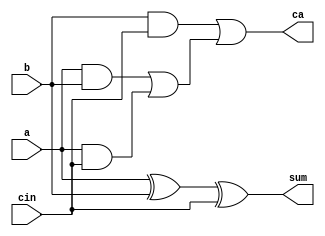
`timescale 1ns / 1ps
//////////////////////////////////////////////////////////////////////////////////
// Company: 
// Engineer: 
// 
// Design Name: 
// Module Name:    fullAdder 
// Project Name: 
// Target Devices: 
// Tool versions: 
// Description: 
//
// Dependencies: 
//
// Revision: 
// Revision 0.01 - File Created
// Additional Comments: 
//
//////////////////////////////////////////////////////////////////////////////////
module fullAdder(
    input a, 
	 input b, 
	 input cin, 
	 output sum, 
	 output ca
	 );

    wire w1, w2, w3, w4, w5;

    xor xor_0 (w1, a, b);
    xor xor_1 (sum, w1, cin);

    and and_0 (w2, a, b);
    and and_1 (w3, a, cin);
    and and_2 (w4, b, cin);
    or  or_0 (w5, w2, w3);
    or  or_1 (ca, w4, w5);
	 
endmodule